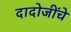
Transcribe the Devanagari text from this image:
दादोजींचे